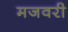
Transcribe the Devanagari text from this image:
मजवरी